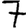
Digit: 7